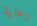
رعاية